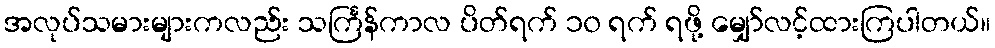
အလုပ်သမားများကလည်း သင်္ကြန်ကာလ ပိတ်ရက် ၁၀ ရက် ရဖို့ မျှော်လင့်ထားကြပါတယ်။